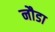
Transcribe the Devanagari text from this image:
नौडा